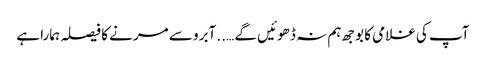
آپ کی غلامی کا بوجھ ہم نہ ڈھوئیں گے ….. آبرو سے مرنے کا فیصلہ ہمارا ہے